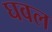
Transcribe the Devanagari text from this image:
घवल